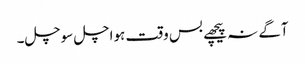
آگے نہ پیچھے بس وقت ہواچل سوچل۔